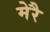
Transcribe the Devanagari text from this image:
मेरै